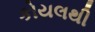
કોયલથી